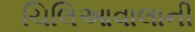
ચિલિઆવાલાની